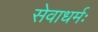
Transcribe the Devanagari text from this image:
सेवाधर्मः